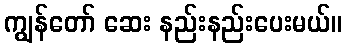
ကျွန်တော် ဆေး နည်းနည်းပေးမယ်။